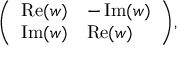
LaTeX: { \left( \begin{array} { l l } { \operatorname { R e } ( w ) } & { - \operatorname { I m } ( w ) } \\ { \operatorname { I m } ( w ) } & { \operatorname { R e } ( w ) } \end{array} \right) } ,